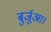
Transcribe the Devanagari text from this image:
बुर्जुआ।